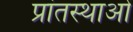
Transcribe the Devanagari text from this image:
प्रांतस्थाओं